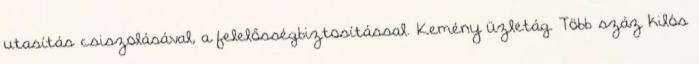
utasítás csiszolásával, a felelősségbiztosítással. Kemény üzletág. Több száz kilós